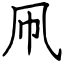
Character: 凧